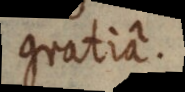
gratiâ.